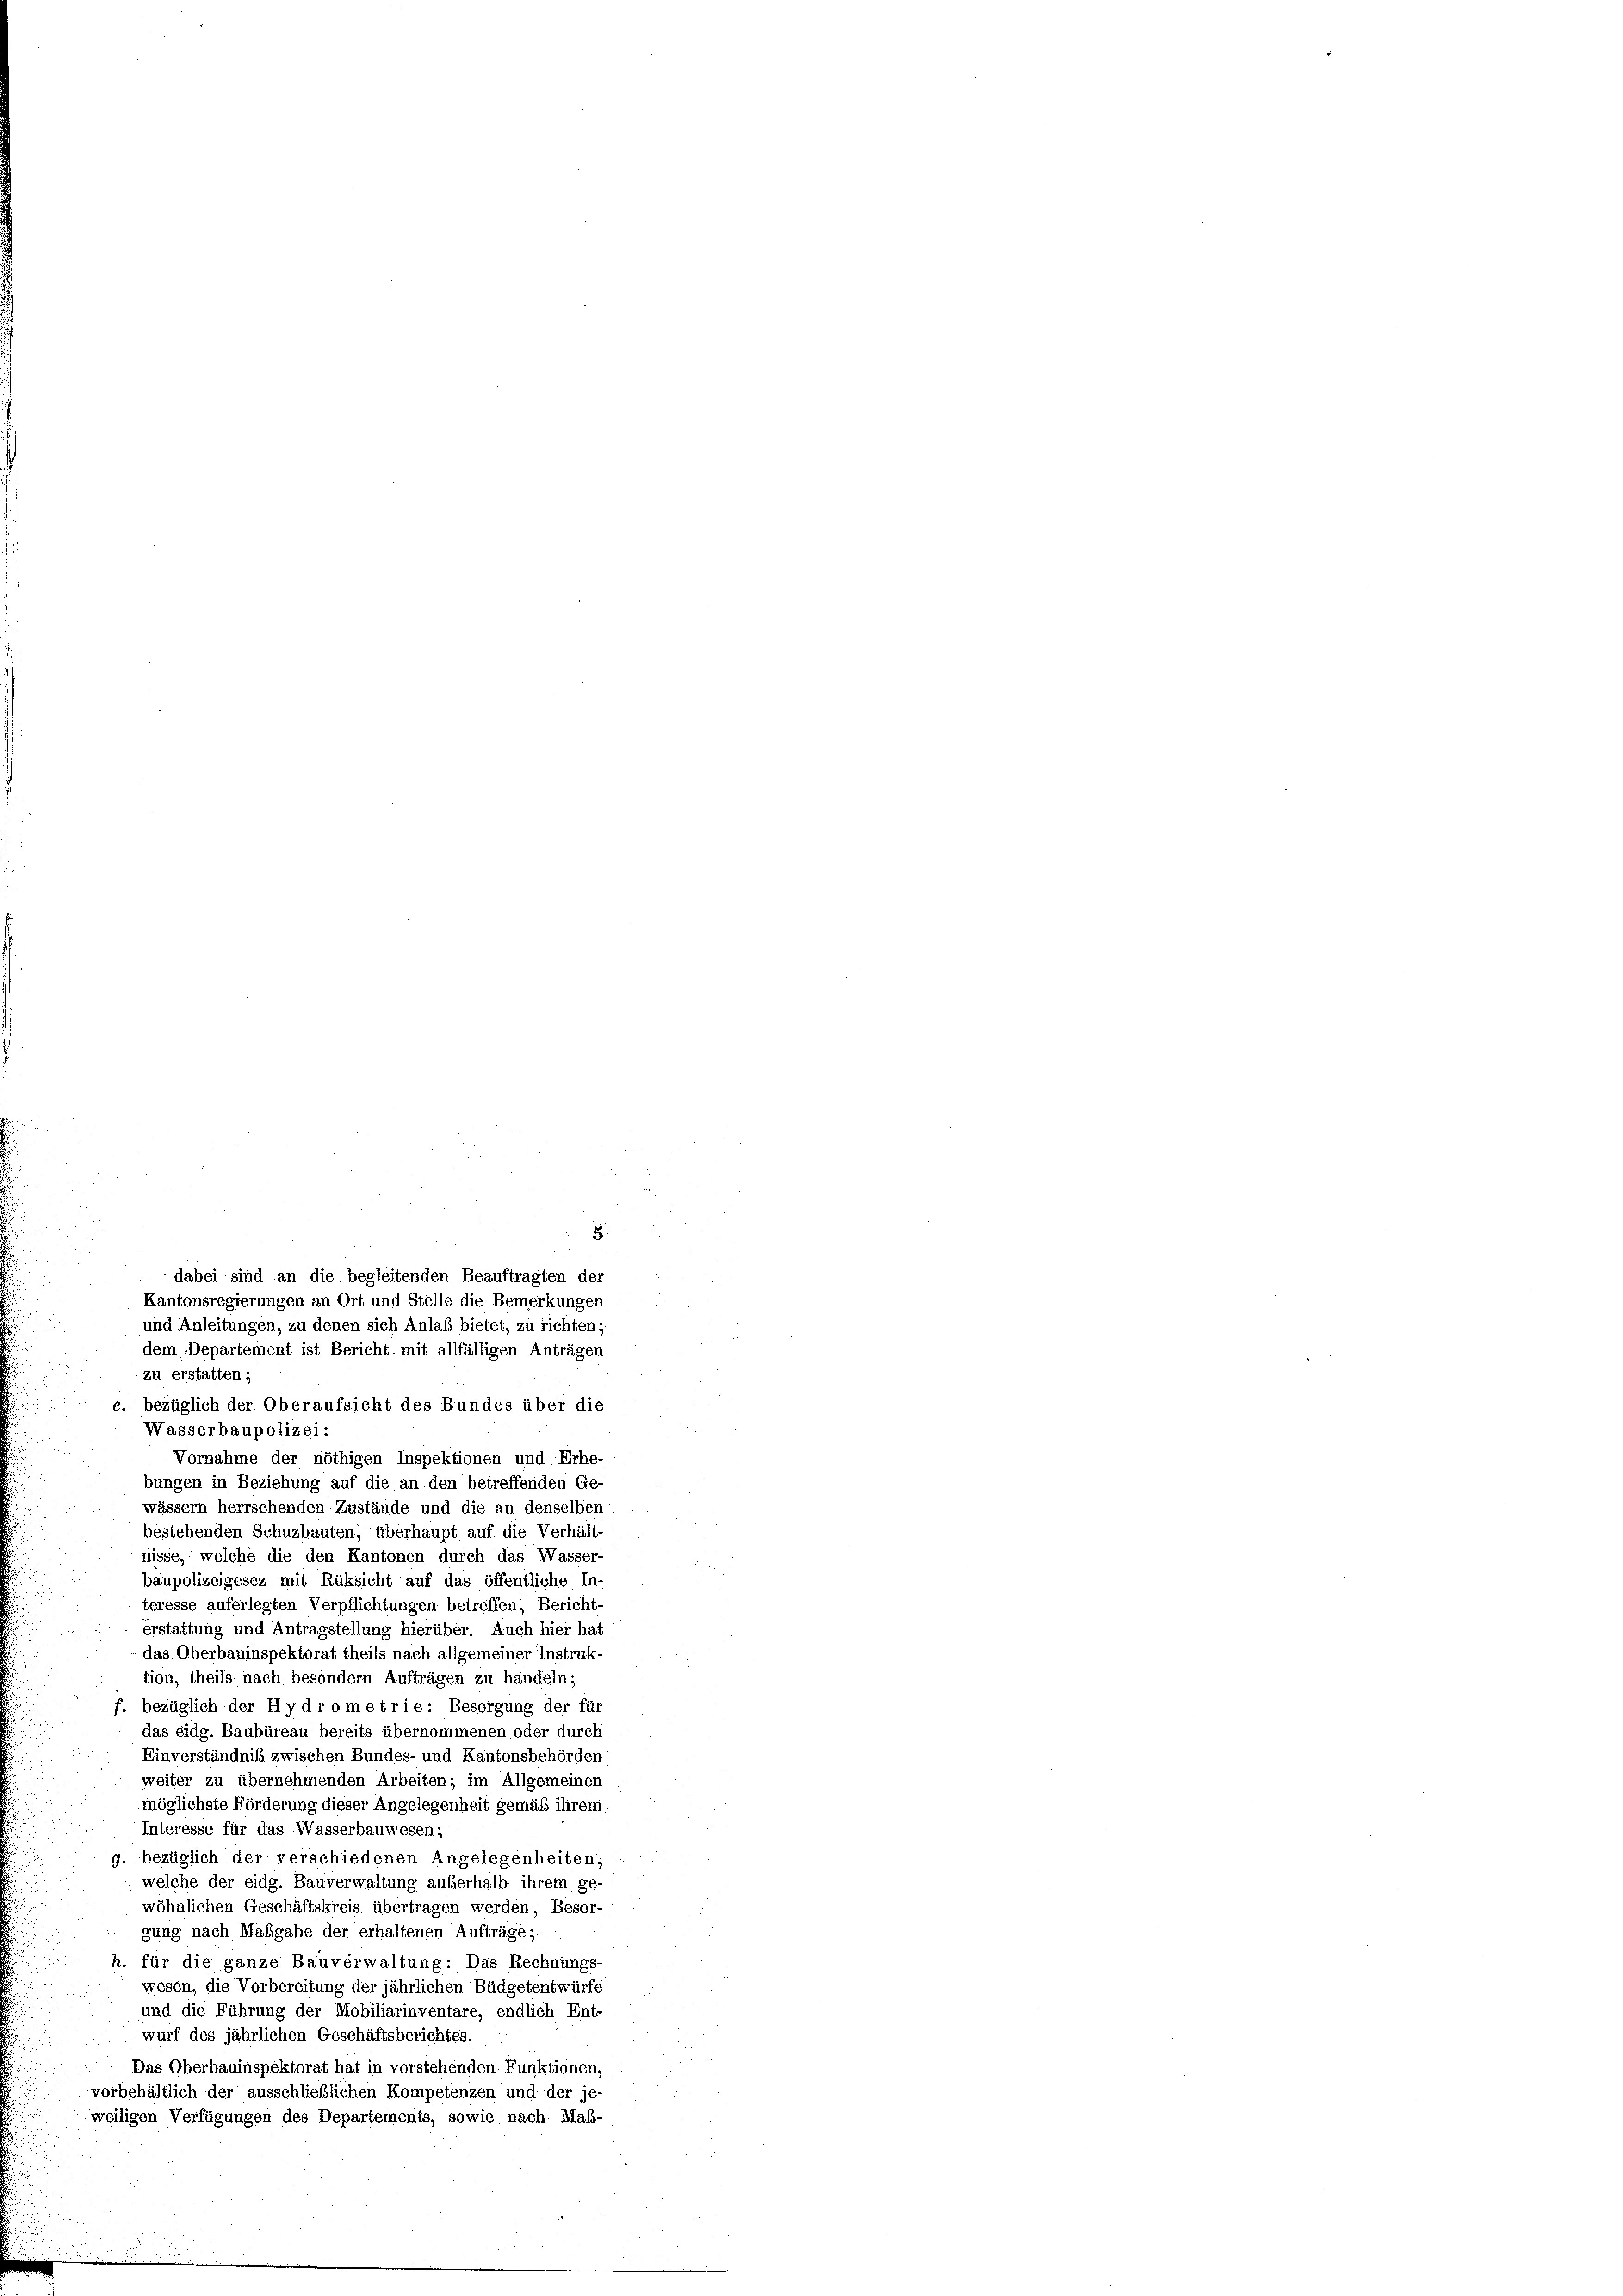
zu erstatten;
e. bezüglich der Oberaufsicht des Bundes über die
Wasserbaupolizei:
Vornahme der nöthigen Inspektionen und Erhe-
bungen in Beziehung auf die an den betreffenden Ge-
wässern herrschenden Zustände und die an denselben
bestehenden Schuzbauten, überhaupt auf die Verhält-
nisse, welche die den Kantonen durch das Wasser-
baupolizeigesez mit Rüksicht auf das öffentliche In-
teresse auferlegten Verpflichtungen betreffen, Bericht-
erstattung und Antragstellung hierüber. Auch hier hat
das Oberbauinspektorat theils nach allgemeiner Instruk-
tion, theils nach besondern Aufträgen zu handeln;
f. bezüglich der Hydrometrie: Besorgung der für
das eidg. Baubüreau bereits übernommenen oder durch
Einverständnis zwischen Bundes- und Kantonsbehörden
weiter zu übernehmenden Arbeiten; im Allgemeinen
möglichste Förderung dieser Angelegenheit gemäß ihrem
Interesse für das Wasserbauwesen;
g. bezüglich der verschiedenen Angelegenheiten;
welche der eidg. Bauverwaltung außerhalb ihrem ge
wöhnlichen Geschäftskreis übertragen werden, Besor-
gung nach Maßgabe der erhaltenen Aufträge;
h. für die ganze Bauverwaltung: Das Rechnungs-
wesen, die Vorbereitung der jährlichen Büdgetentwürfe
und die Führung der Mobiliarinventare, endlich Ent-
wurf des jährlichen Geschäftsberichtes.
Das Oberbauinspektorat hat in vorstehenden Funktionen,
vorbehältlich der ausschließlichen Kompetenzen und der je-
weiligen Verfügungen des Departements, sowie nach Maß-

8:
dabei sind an die begleitenden Beauftragten der
Kantonsregierungen an Ort und Stelle die Bemerkungen
und Anleitungen, zu denen sich Anlaß bietet, zu richten;
dem Departement ist Bericht mit allfälligen Anträgen